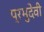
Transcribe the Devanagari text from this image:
प्रभुदेवी